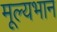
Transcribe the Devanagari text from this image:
मूल्यभान